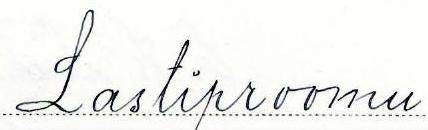
Lastiproomu